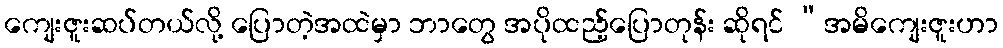
ကျေးဇူးဆပ်တယ်လို့ ပြောတဲ့အထဲမှာ ဘာတွေ အပိုထည့်ပြောတုန်း ဆိုရင် “အမိကျေးဇူးဟာ